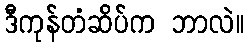
ဒီကုန်တံဆိပ်က ဘာလဲ။